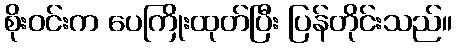
စိုးဝင်းက ပေကြိုးထုတ်ပြီး ပြန်တိုင်းသည်။